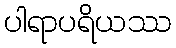
ပါရာပရိယဿ